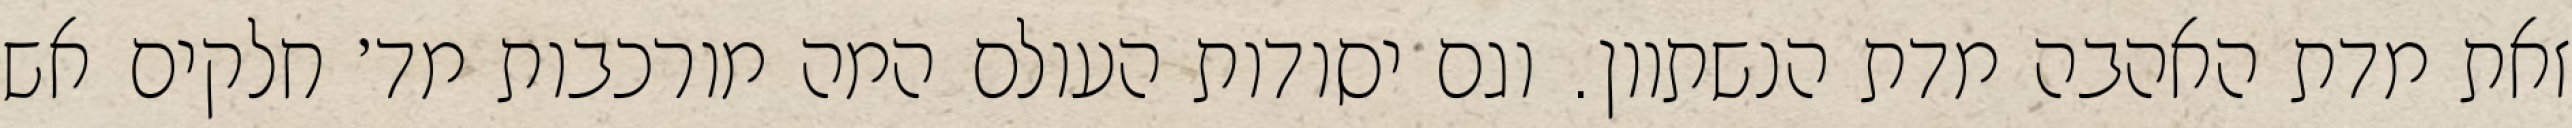
זאת מדת האהבה מדת הנשתוון. וגם יסודות העולם המה מורכבות מד׳ חלקים אש